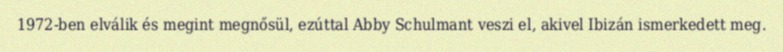
1972-ben elválik és megint megnősül, ezúttal Abby Schulmant veszi el, akivel Ibizán ismerkedett meg.